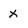
Character: x